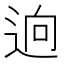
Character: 逈